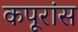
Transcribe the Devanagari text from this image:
कपूरांस